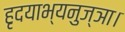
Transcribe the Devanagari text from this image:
हृदयाभ्यनुज्ञा।